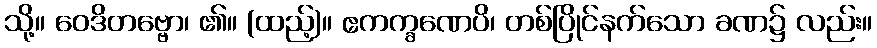
သို့။ ဝေဒိတဗ္ဗော၊ ၏။ (ထည့်)။ ဧကက္ခဏေပိ၊ တစ်ပြိုင်နက်သော ခဏ၌ လည်း။